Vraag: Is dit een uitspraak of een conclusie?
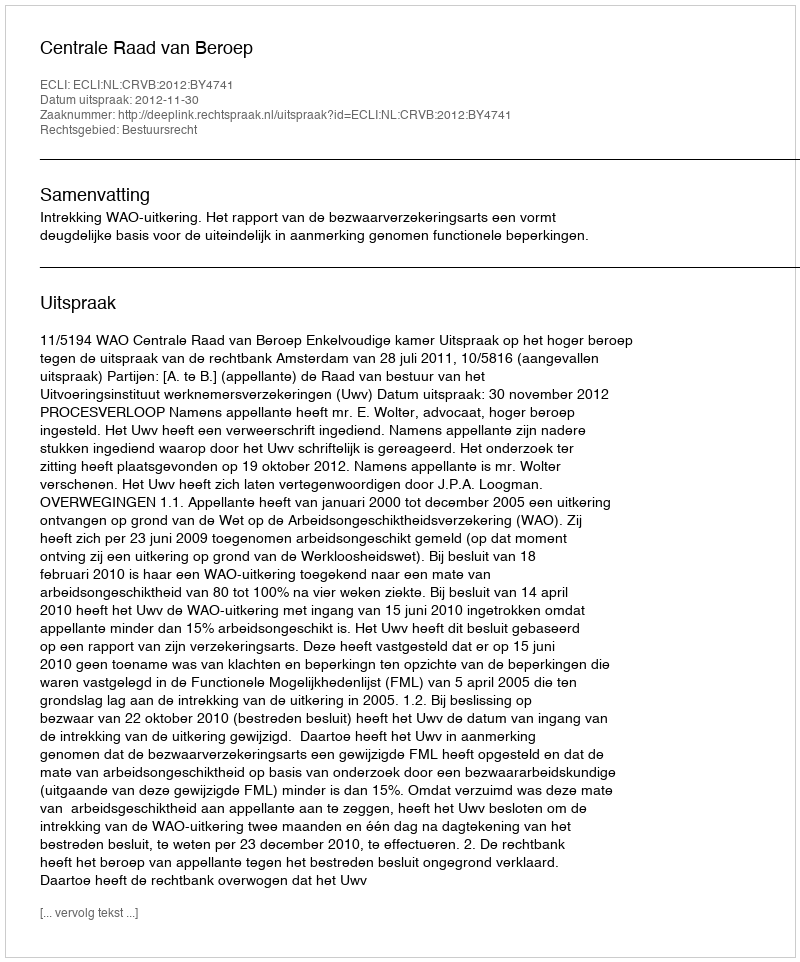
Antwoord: Uitspraak